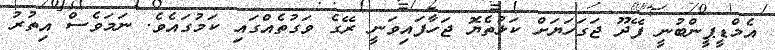
އެމްޑީޕީންބުނީ ފޭދޫ ޖަގަހަޔަށް ކަޅުތެޔޮ ޖަހާފައިވަނީ ރޭގެ ވަގުތެއްގައި ކަމުގައެވެ. ނަމަވެސް އިތުރު